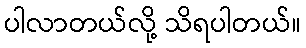
ပါလာတယ်လို့ သိရပါတယ်။